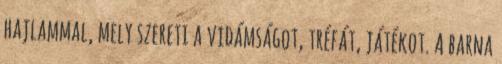
hajlammal, mely szereti a vidámságot, tréfát, játékot. A barna